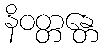
နိဝတ္တန္တေ